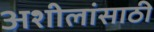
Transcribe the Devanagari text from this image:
अशीलांसाठी